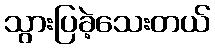
သွားပြခဲ့သေးတယ်